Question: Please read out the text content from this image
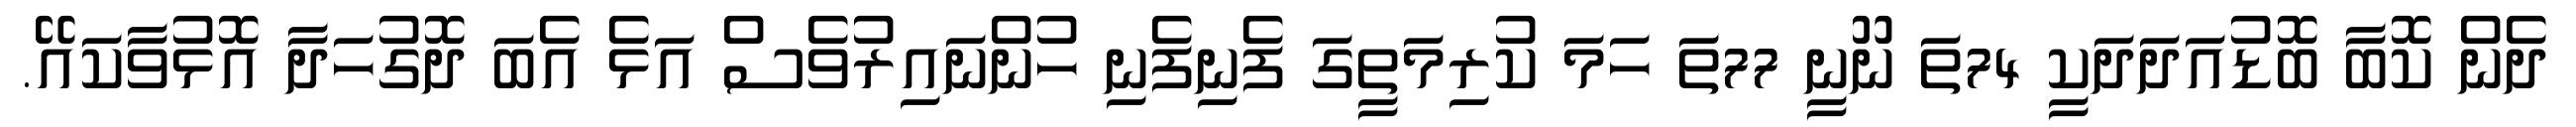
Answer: ދެން ކޮބާ ބޮޑުއަދަދަކީ 74ތަ ނޫނީ 77ތަ ހަމަ ކުރިމަތީގަ ފެނިފެނި ހުންނައިރުވެސް އަޅެ އެބަ ދޮގުހަދާ އޮޅުވާކައޭ.